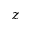
z